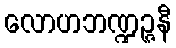
လောဟဘဏ္ဍဉ္ဇနီ